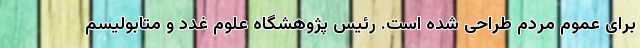
برای عموم مردم طراحی شده است. رئیس پژوهشگاه علوم غدد و متابولیسم